Lunatic asylums Madras 1877-1891 - 1877-1891
Year: 1877
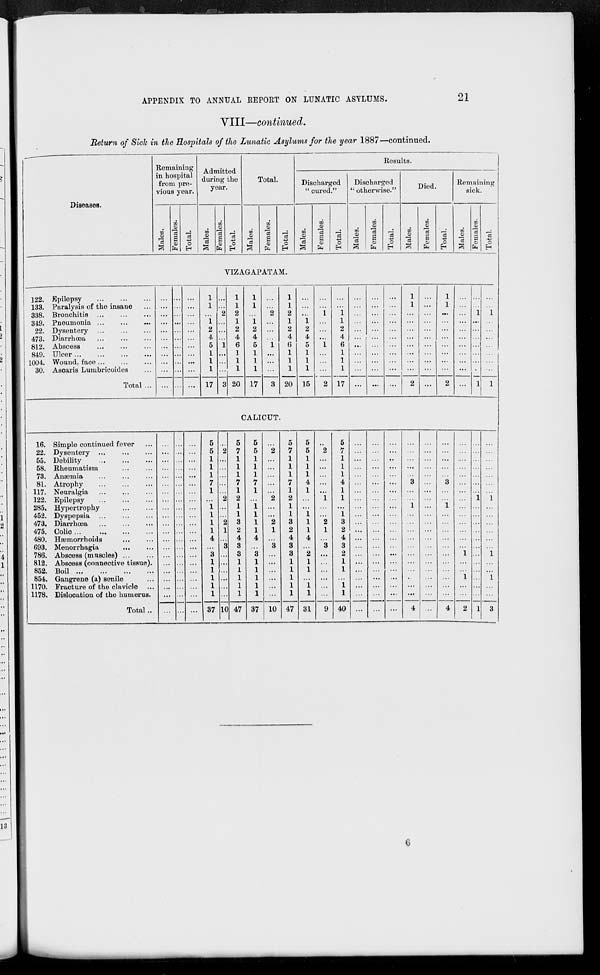
APPENDIX TO ANNUAL REPORT ON LUNATIC ASYLUMS.
21
VIII—continued.
Return of Sick in the Hospitals of the Lunatic Asylums for the year 1887—continued.
Diseases.
Remaining
in hospital
from pre-
vious year.
Males.
Females.
Total.
Admitted
during the
year.
Males.
Females.
Total.
Total.
Males.
Females.
Total.
Results.
Discharged
"cured."
Males.
Females.
Total.
Discharged
"otherwise."
Males.
Females.
Total.
Died.
Males.
Females.
Total.
Remaining
sick.
Males.
Females.
Total.
VIZAGAPATAM.
122. Epilepsy
...
...
...
133. Paralysis of the insane ...
338. Bronchitis
...
...
...
349. Pneumonia ... ... ...
22. Dysentery ... ... ...
473. Diarrhœa ... ... ...
812. Abscess ... ... ...
849. Ulcer
...
...
...
...
1004. Wound, face
...
...
...
30. Ascaris Lumbricoides ...
Total ...
...
...
...
...
...
...
...
...
...
...
...
...
...
...
...
...
...
...
...
...
...
...
...
...
...
...
...
...
...
...
...
...
...
1
1
...
1
2
4
5
1
1
1
17
...
...
2
...
...
...
1
...
...
...
3
1
1
2
1
2
4
6
1
1
1
20
1
1
...
1
2
4
5
1
1
1
17
...
...
2
...
...
...
1
...
...
...
3
1
1
2
1
2
4
6
1
1
1
20
...
...
...
1
2
4
5
1
1
1
15
...
...
1
...
...
...
1
...
...
...
2
...
...
1
1
2
4
6
1
1
1
17
...
...
...
...
...
...
...
...
...
...
...
...
...
...
...
...
...
...
...
...
...
...
...
...
...
...
...
...
...
...
...
...
...
1
1
...
...
...
...
...
...
...
...
2
...
...
...
...
...
...
...
...
...
...
...
1
1
...
...
...
...
...
...
...
...
2
...
...
...
...
...
...
...
...
...
...
...
...
...
1
...
...
...
...
...
...
...
1
...
...
1
...
...
...
...
...
...
...
1
CALICUT.
16. Simple continued fever ...
22. Dysentery ...
...
...
55. Debility
...
...
...
58. Rheumatism ... ...
73. Anæmia ... ... ...
81. Atrophy
...
...
...
117. Neuralgia ... ... ...
122. Epilepsy
...
...
...
285. Hypertrophy ... ...
452. Dyspepsia ... ... ...
473. Diarrhœa ... ... ...
475. Colic
...
...
...
...
480. Hæmorrhoids
...
...
693. Menorrhagia ... ...
786. Abscess (muscles) ... ...
812. Abscess (connective tissue).
852. Boil
...
...
...
...
854. Gangrene (a) senile ...
1170. Fracture of the clavicle ...
1178. Dislocation of the humerus.
Total..
...
...
...
...
...
...
...
...
...
...
...
...
...
...
...
...
...
...
...
...
...
...
...
...
...
...
...
...
...
...
...
...
...
...
...
...
...
...
...
...
...
...
...
...
...
...
...
...
...
...
...
...
...
...
...
...
...
...
...
...
...
...
...
5
5
1
1
1
7
1
...
1
1
1
1
4
...
3
1
1
1
1
1
37
...
2
...
...
...
...
...
2
...
...
2
1
...
3
...
...
...
...
...
...
10
5
7
1
1
1
7
1
2
1
1
3
2
4
3
3
1
1
1
1
1
47
5
5
1
1
1
7
1
...
1
1
1
1
4
...
3
1
1
1
1
1
37
...
2
...
...
...
...
...
2
...
...
2
1
...
3
...
...
...
...
...
...
10
5
7
1
1
1
7
1
2
1
1
3
2
4
3
3
1
1
1
1
1
47
5
5
1
1
1
4
1
...
...
1
1
1
4
...
2
1
1
...
1
1
31
...
2
...
...
...
...
...
1
...
...
2
1
...
3
...
...
...
...
...
...
9
5
7
1
1
1
4
1
1
...
1
3
2
4
3
2
1
1
...
1
1
40
...
...
...
...
...
...
...
...
...
...
...
...
...
...
...
...
...
...
...
...
...
...
...
...
...
...
...
...
...
...
...
...
...
...
...
...
...
...
...
...
...
...
...
...
...
...
...
...
...
...
...
...
...
...
...
...
...
...
...
...
...
...
...
...
...
...
...
...
3
...
...
1
...
...
...
...
...
...
...
...
...
...
...
4
...
...
...
...
...
...
...
...
...
...
...
...
...
...
...
...
...
...
...
...
...
...
...
...
...
...
3
...
...
1
...
...
...
...
...
...
...
...
...
...
...
4
...
...
...
...
...
...
...
...
...
...
...
...
...
...
1
...
...
1
...
...
2
...
...
...
...
...
...
...
1
...
...
...
...
...
...
...
...
...
...
...
...
1
...
...
...
...
...
...
...
1
...
...
...
...
...
...
1
...
...
1
...
...
3
6